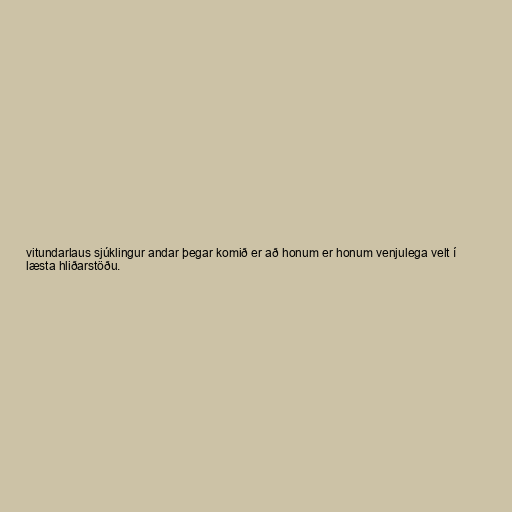
vitundarlaus sjúklingur andar þegar komið er að honum er honum venjulega velt í
læsta hliðarstöðu.